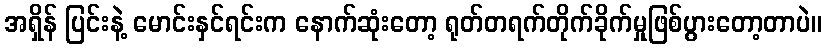
အရှိန် ပြင်းနဲ့ မောင်းနှင်ရင်းက နောက်ဆုံးတော့ ရုတ်တရက်တိုက်ခိုက်မှုဖြစ်ပွားတော့တာပဲ။